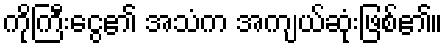
ကိုကြီးငွေ၏ အသံက အကျယ်ဆုံးဖြစ်၏။